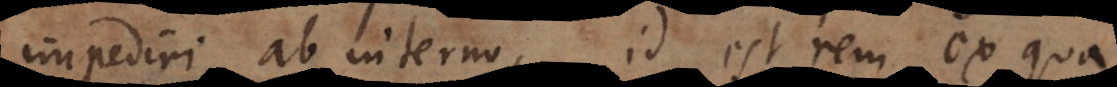
impediri ab [externo], id est rem ex qua